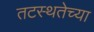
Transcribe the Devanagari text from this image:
तटस्थतेच्या